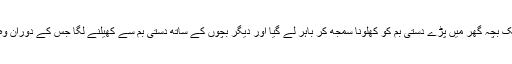
تخت نصرتی کے علاقہ میں ایک بچہ گھر میں پڑے دستی بم کو کھلونا سمجھ کر باہر لے گیا اور دیگر بچوں کے ساتھ دستی بم سے کھیلنے لگا جس کے دوران وہ زوردار دھماکہ سے پھٹ گیا۔